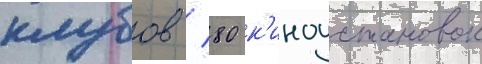
клубов / 80 к'иноустановок